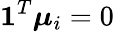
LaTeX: \mathbf{1}^{T}\boldsymbol{\mu}_{i}=0